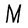
Character: M